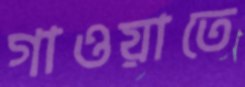
গাওয়াতে